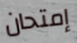
إمتحان